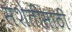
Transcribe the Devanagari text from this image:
सशेतीसाठी